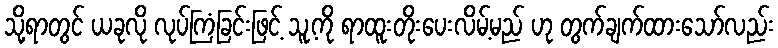
သို့ရာတွင် ယခုလို လုပ်ကြံခြင်းဖြင့် သူ့ကို ရာထူးတိုးပေးလိမ့်မည် ဟု တွက်ချက်ထားသော်လည်း